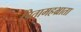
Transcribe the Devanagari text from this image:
पितामहभ्राता